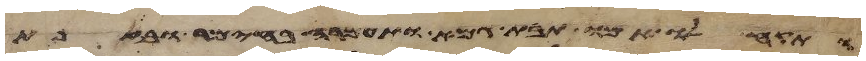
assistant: ותקח לו אמו תבת גמא ותחמרה בחימר ובזפת